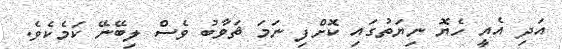
އަދި އެއީ ހެޔޮ ނިޔަތުގައި ކޮށްފި ނަމަ ޘަވާބު ވެސް ލިބޭނޭ ކަމެކެވެ.